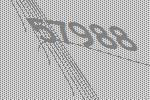
57988